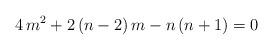
LaTeX: \begin{align*}4\,m^2+2\,(n-2)\,m-n\,(n+1)=0\end{align*}